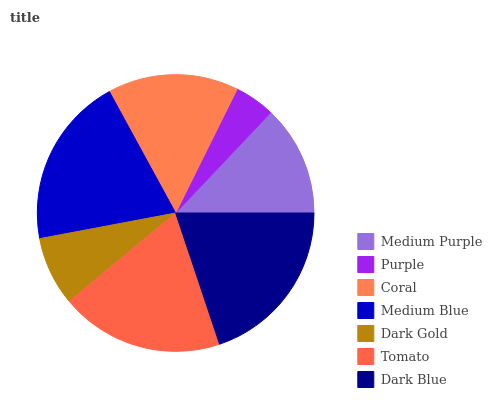
| Medium Purple | Purple | Coral | Medium Blue | Dark Gold | Tomato | Dark Blue |
 | --- | --- | --- | --- | --- | --- | --- |
 | 12.9% | 4.72% | 15.3% | 20% | 8.05% | 19.1% | 19.9% |